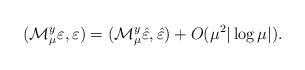
LaTeX: \begin{align*}({\mathcal{M}_\mu^y}\varepsilon,\varepsilon)&=({\mathcal{M}_\mu^y}\hat{\varepsilon},\hat{\varepsilon})+O(\mu^2|\log\mu|).\end{align*}